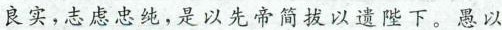
良实，志虑忠纯，是以先帝简拔以遗陛下。愚以